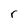
Character: r